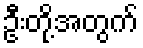
ဦးတို့အတွက်